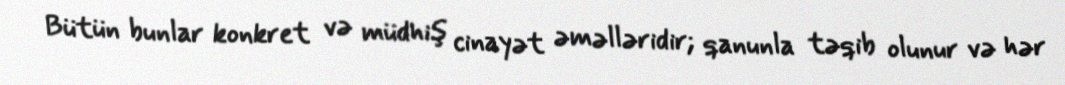
Bütün bunlar konkret və müdhiş cinayət əməlləridir; qanunla təqib olunur və hər